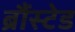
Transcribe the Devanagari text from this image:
ब्रौंस्टेड